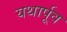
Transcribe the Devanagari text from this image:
यथार्पूव